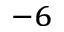
^ { - 6 }